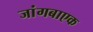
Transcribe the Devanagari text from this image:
जांगबाएक